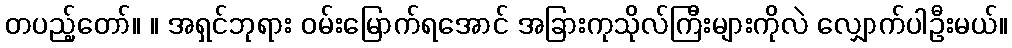
တပည့်တော်။ ။ အရှင်ဘုရား ဝမ်းမြောက်ရအောင် အခြားကုသိုလ်ကြီးများကိုလဲ လျှောက်ပါဦးမယ်။